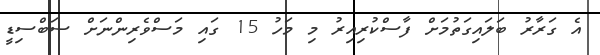
އެ ގަރާރު ބަލައިގަތުމަށް ފާސްކުރިއިރު މި މަހު 15 ގައި މަސްވެރިންނަށް ސަބްސިޑީ